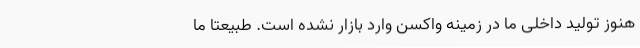
هنوز تولید داخلی ما در زمینه واکسن وارد بازار نشده است. طبیعتا ما